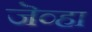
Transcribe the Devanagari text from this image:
जॆव्हा